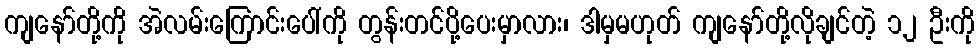
ကျနော်တို့ကို အဲလမ်းကြောင်းပေါ်ကို တွန်းတင်ပို့ပေးမှာလား၊ ဒါမှမဟုတ် ကျနော်တို့လိုချင်တဲ့ ၁၂ ဦးကို